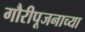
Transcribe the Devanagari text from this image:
गौरीपूजनाच्या